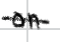
Text: on
Cross-out: single-line
Writing tool: digital_black